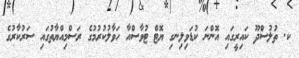
ކ. ތުލުސްދޫ ކައިރީގައި އޮންނަ ކުޑަވިލިނގި ޔޮޓް ޓުވާސްއާ ހަވާލުކުރުމުގެ ރަސްމިއްޔާތުގައި ސަރުކާރުގެ